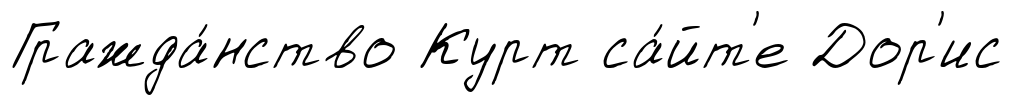
Гражда́нство Курт са́йт'е Дор'ис